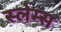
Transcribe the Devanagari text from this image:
स्लेम्स